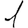
Digit: 1